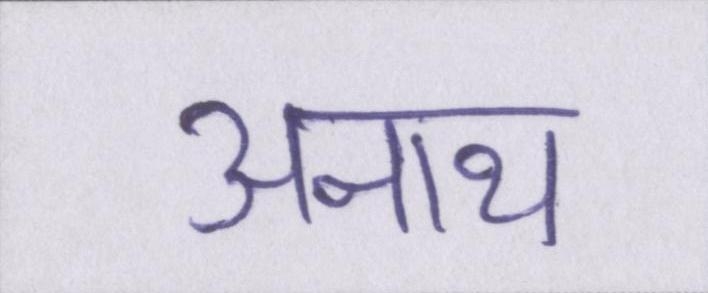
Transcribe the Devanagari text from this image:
अनाथ